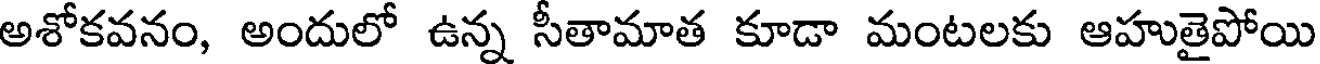
అశోకవనం, అందులో ఉన్న సీతామాత కూడా మంటలకు ఆహుతైపోయి